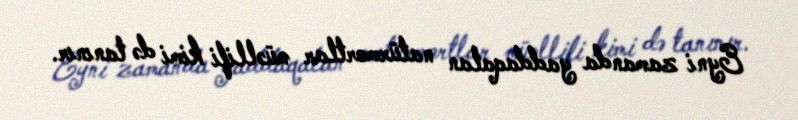
Eyni zamanda yaddaqalan natürmortlar müəllifi kimi də tanınır.